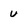
Character: u